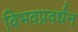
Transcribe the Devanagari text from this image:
विभवप्रवर्धन